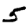
Digit: 5